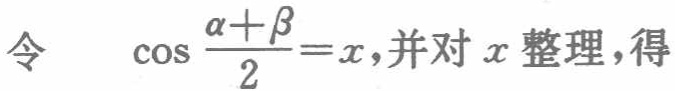
令 $\cos\frac{\alpha + \beta}{2}=x$,并对 $x$ 整理，得